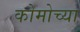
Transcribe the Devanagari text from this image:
कोमोच्या